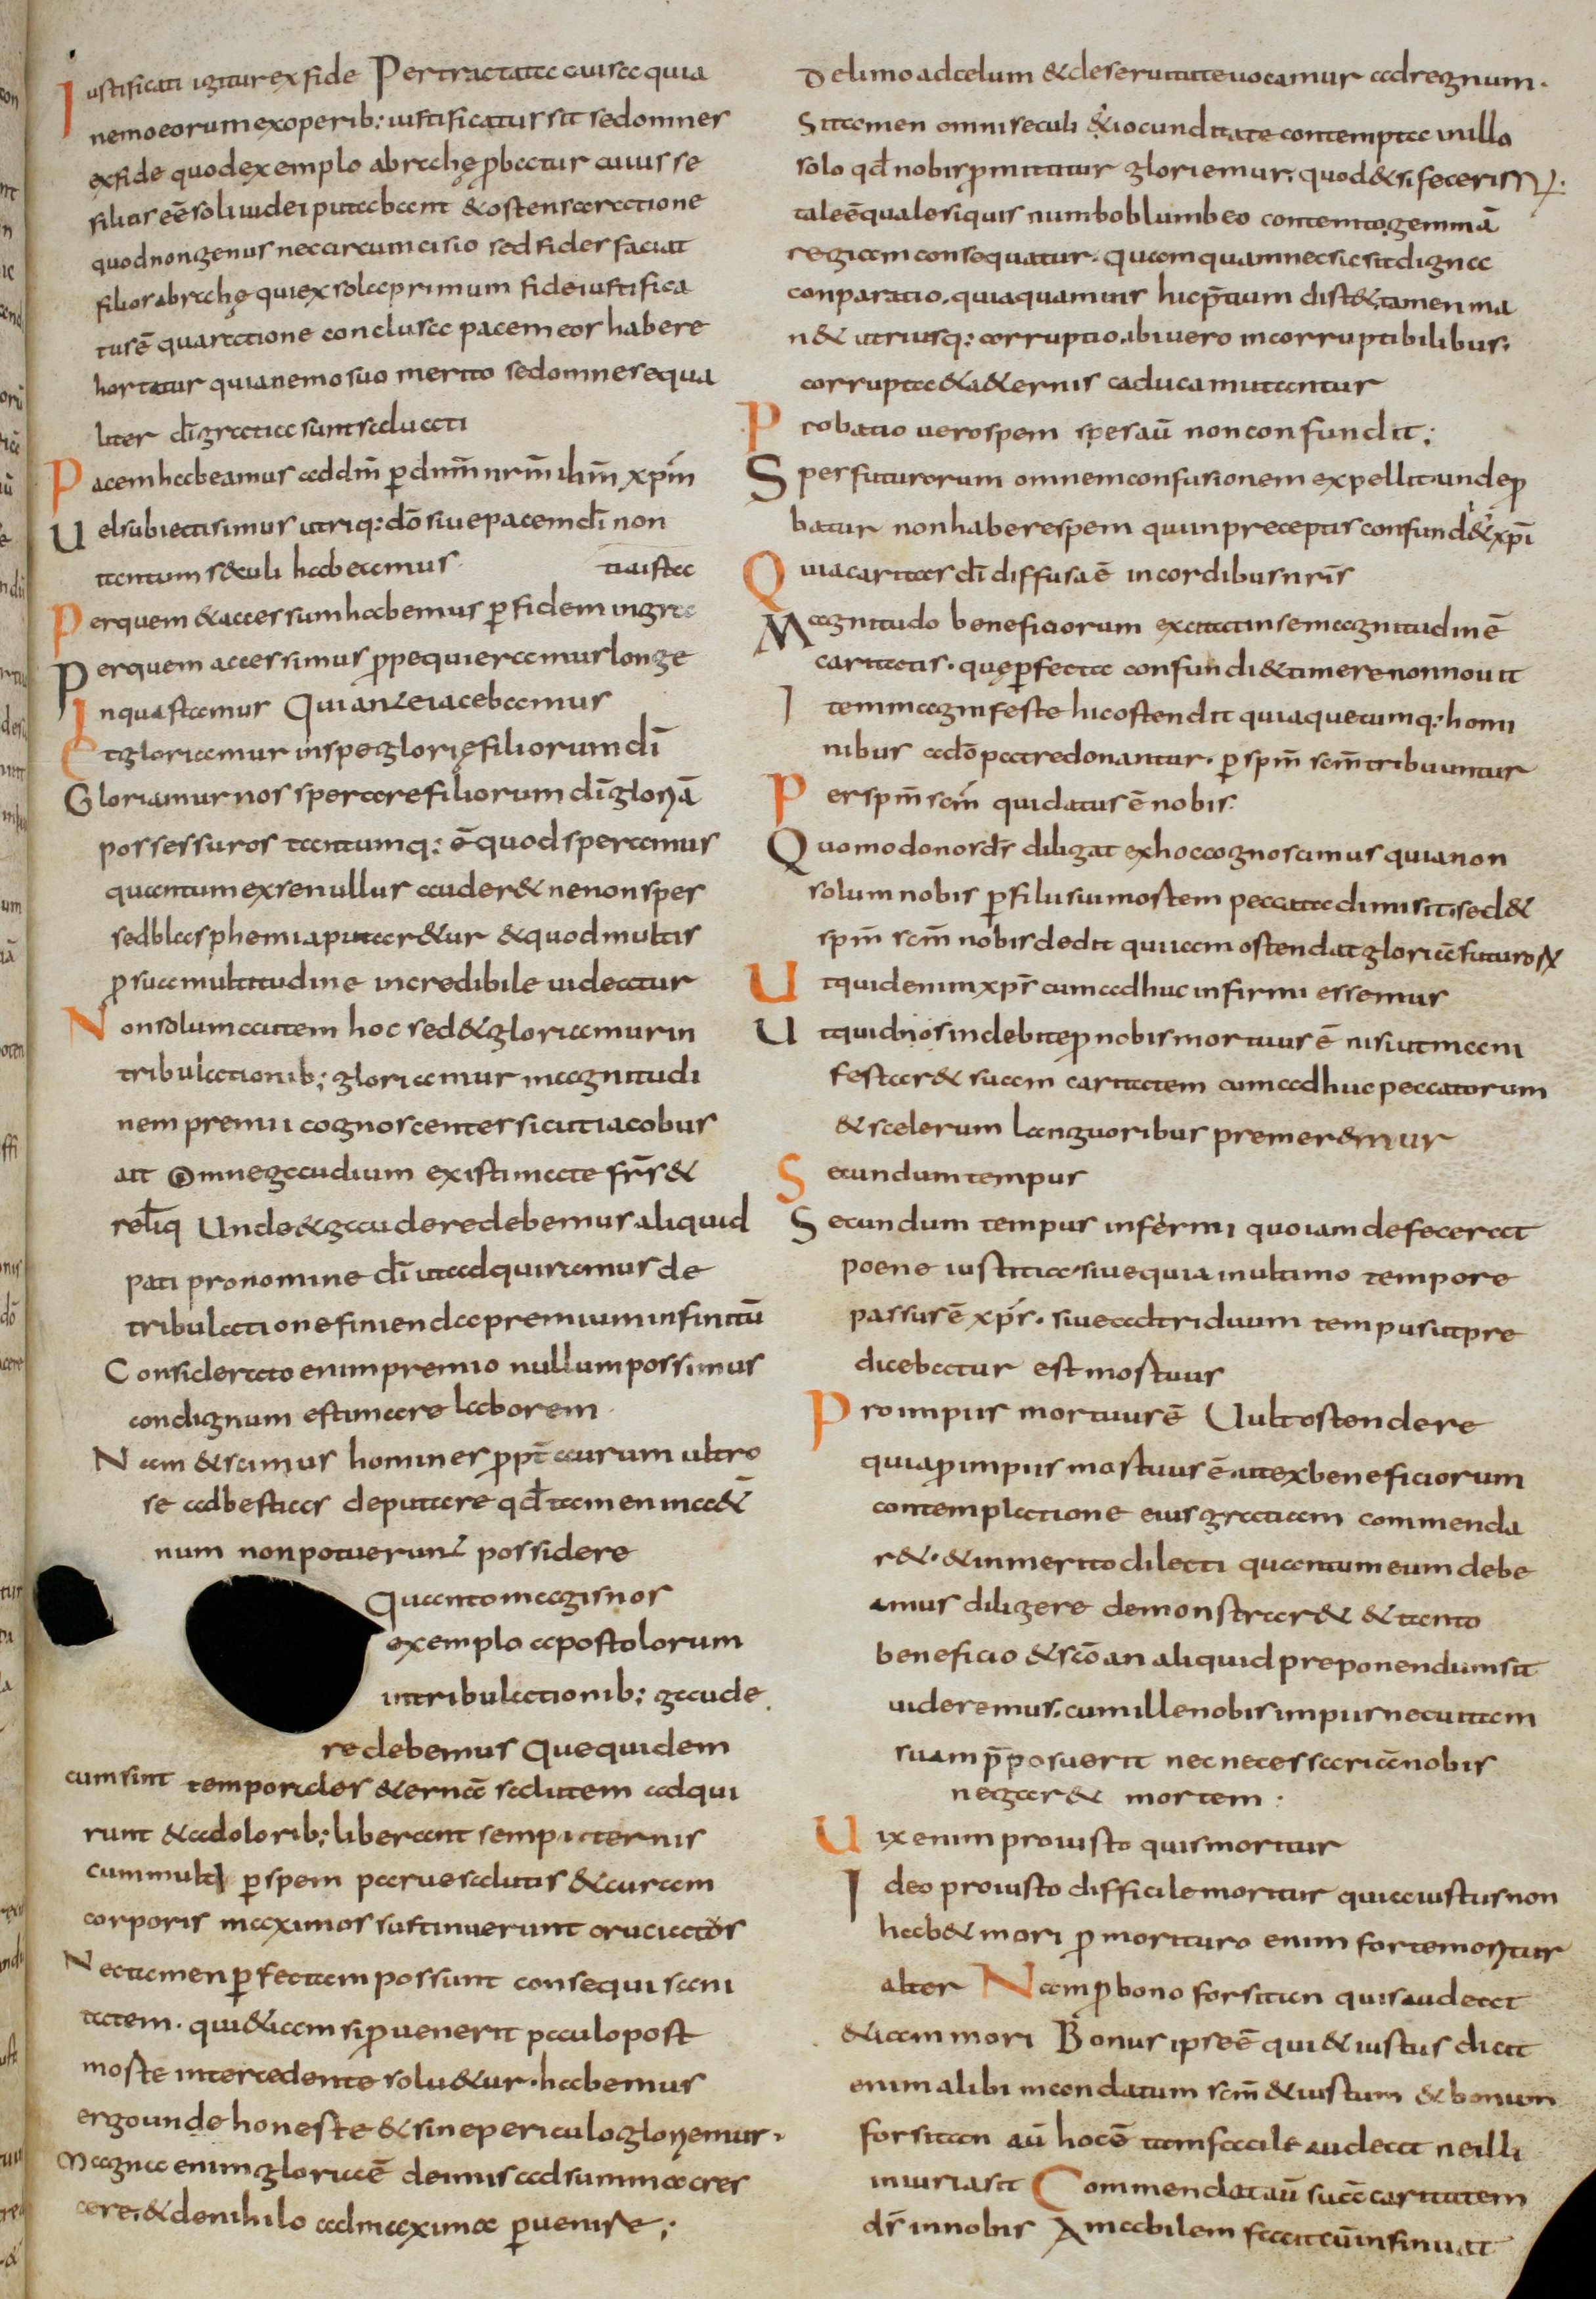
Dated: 800–830